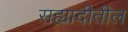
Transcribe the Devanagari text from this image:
सह्यादीतील